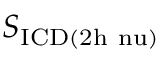
S _ { \mathrm { I C D ( 2 h \ n u ) } }